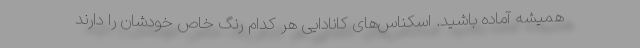
همیشه آماده باشید. اسکناس‌های کانادایی هر کدام رنگ خاص خودشان را دارند